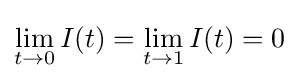
\lim \limits _{t\to 0}I(t)=\lim \limits _{t\to 1}I(t)=0